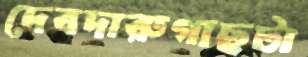
দেবদারুগাছটা